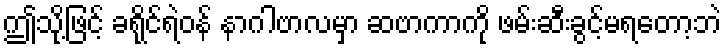
ဤသို့ဖြင့် ခရိုင်ရဲဝန် နာဂါဗာလမှာ ဆဗာကာကို ဖမ်းဆီးခွင့်မရတော့ဘဲ